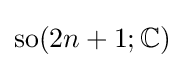
\operatorname {so} (2n+1;\mathbb {C} )